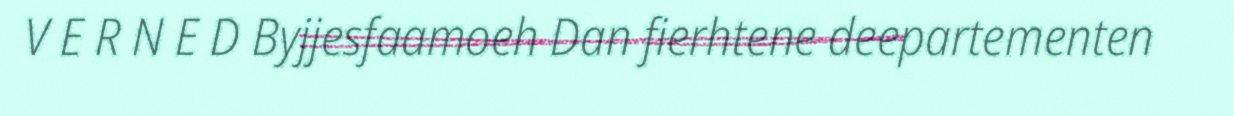
V E R N E D Byjjesfaamoeh Dan fierhtene deepartementen